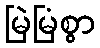
မြဲမြံစွာ